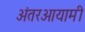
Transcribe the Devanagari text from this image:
अंतरआयामी